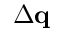
\Delta \mathbf q